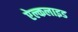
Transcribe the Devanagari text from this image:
ऐल्कलाइड